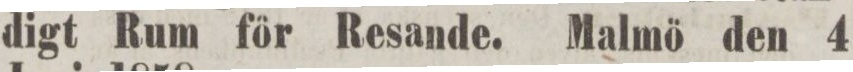
digt Rum för Resande. Malmö den 4